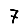
Digit: 7